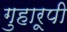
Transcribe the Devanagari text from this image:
गुहारूपी